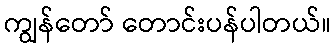
ကျွန်တော် တောင်းပန်ပါတယ်။